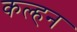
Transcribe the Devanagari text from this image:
कल्हन